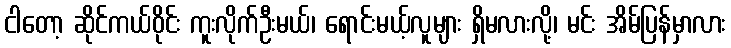
ငါတော့ ဆိုင်ကယ်ဝိုင်း ကူးလိုက်ဦးမယ်၊ ရောင်းမယ့်လူများ ရှိမလားလို့၊ မင်း အိမ်ပြန်မှာလား